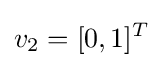
v_{2}=[0,1]^{T}